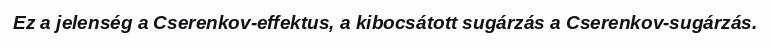
Ez a jelenség a Cserenkov-effektus, a kibocsátott sugárzás a Cserenkov-sugárzás.